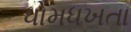
ધોમધખતા